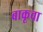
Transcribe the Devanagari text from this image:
बाकूचा